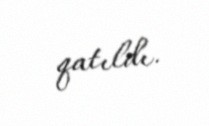
qatıldı.